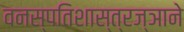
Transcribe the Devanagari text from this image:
वनस्पतिशास्त्रज्ञाने